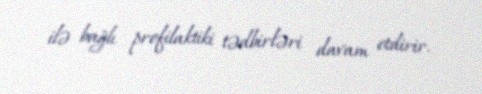
ilə bağlı profilaktiki tədbirləri davam etdirir.